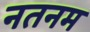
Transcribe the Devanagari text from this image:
नतनम